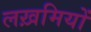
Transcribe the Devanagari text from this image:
लख़मियों